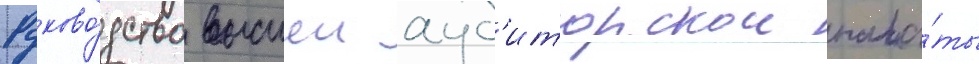
Руково́дство высшеи ауд'иторскои пала́ты